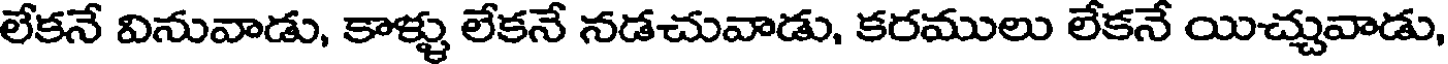
లేకనే వినువాడు, కాళ్ళు లేకనే నడచువాడు, కరములు లేకనే యిచ్చువాడు,